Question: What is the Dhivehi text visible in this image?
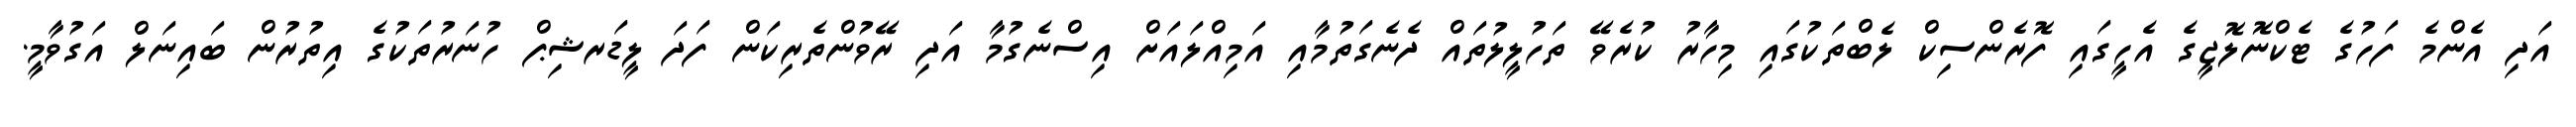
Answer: އަދި އެންމެ ފަހުގެ ޓެކްނޮލޮޖީގެ އެހީގައި ފޮރެންސިކް ލެބްތަކުގައި މިހާރު ކުރެވޭ ތަހުލީލުތައް ދެނެގަތުމާއި އަމިއްލައަށް އިސްނެގުމާ އަދި ރޭވުންތެރިކަން ފަދަ ލީޑަރޝިޕް ހުނަރުތަކުގެ އިތުރުން ބައިނަލް އަގުވާމީ.